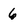
Character: 6